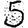
Digit: 5